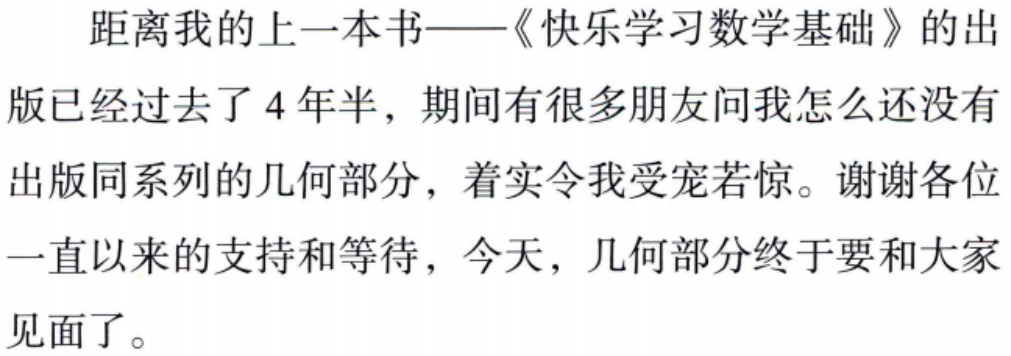
距离我的上一本书——《快乐学习数学基础》的出

版已经过去了4年半，期间有很多朋友问我怎么还没有

出版同系列的几何部分，着实令我受宠若惊。谢谢各位

一直以来的支持和等待，今天，几何部分终于要和大家

见面了。